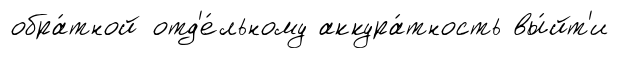
обра́тной отд'е́льному аккура́тность вы́йт'и